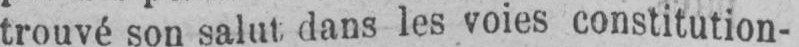
trouvé son salut dans les voies constitution-